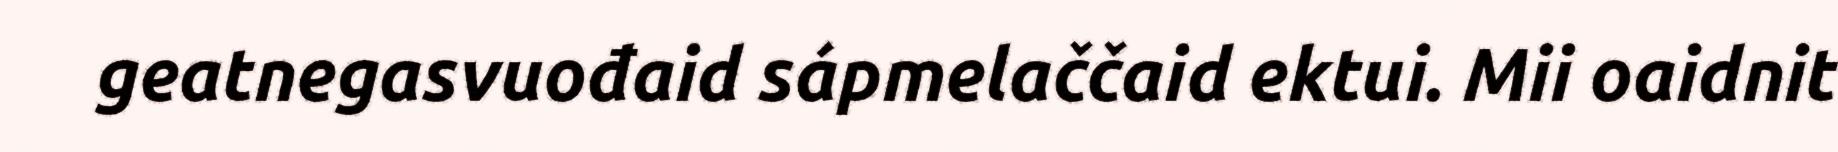
geatnegasvuođaid sápmelaččaid ektui. Mii oaidnit